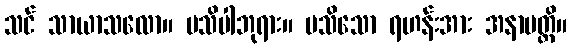
သင် သာယာသလော။ မသိပါဘုရား။ မသိသော ရဟန်းအား အနာပတ္တိ။